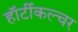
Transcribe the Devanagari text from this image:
हॉर्टीकल्चर